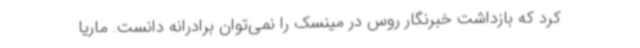
کرد که بازداشت خبرنگار روس در مینسک را نمی‌توان برادرانه دانست. ماریا